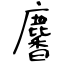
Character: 麘